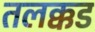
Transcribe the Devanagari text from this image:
तलक्कड